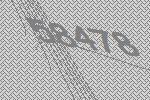
58478